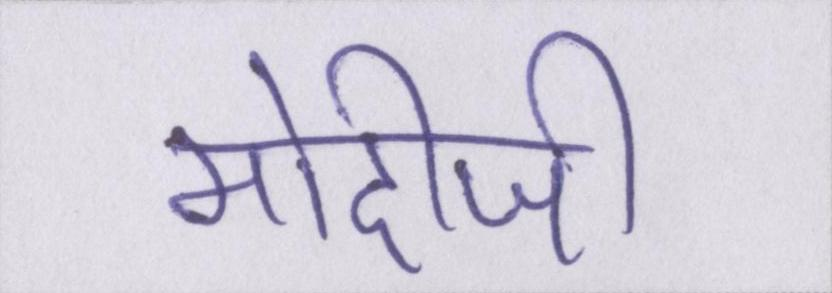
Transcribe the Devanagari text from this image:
मोदीजी